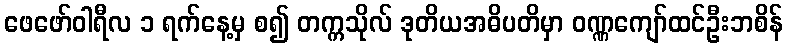
ဖေဖော်ဝါရီလ ၁ ရက်နေ့မှ စ၍ တက္ကသိုလ် ဒုတိယအဓိပတိမှာ ဝဏ္ဏကျော်ထင်ဦးဘစိန်